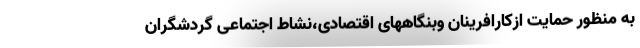
به منظور حمایت ازکارافرینان وبنگاههای اقتصادی،نشاط اجتماعی گردشگران